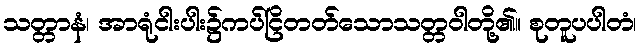
သတ္တာနံ၊ အာရုံငါးပါး၌ကပ်ငြိတတ်သောသတ္တဝါတို့၏။ စုတူပပါတံ၊